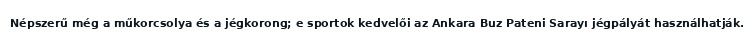
Népszerű még a műkorcsolya és a jégkorong; e sportok kedvelői az Ankara Buz Pateni Sarayı jégpályát használhatják.